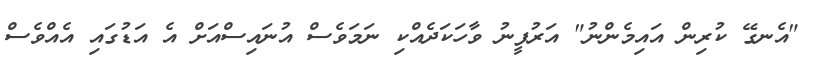
"އެނގޭ ކުރިން އައިމެންނު" އަރުފީނު ވާހަކަދެއްކި ނަމަވެސް އުނައިސްއަށް އެ އަޑުގައި އެއްވެސް